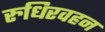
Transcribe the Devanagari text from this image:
रुधिरवहन